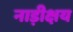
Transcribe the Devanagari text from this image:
नाड़ीक्षय